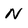
Character: N